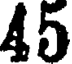
45